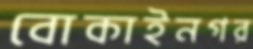
বোকাইনগর